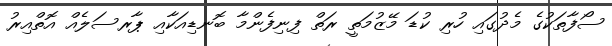
ސޯފާތަކުގެ މެދުގައި ހުރި ކުޑަ މޭޒުމަތީ ރަތް ފިނިފެންމާ ބޮނޑިއަކާއި ޕާރސަލެއް އޮތްއިރު